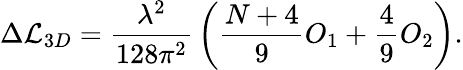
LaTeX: \Delta{\cal L}_{3D}={\frac{\lambda^{2}}{128\pi^{2}}}\left({\frac{N+4}{9}}O_{1}+{\frac{4}{9}}O_{2}\right).